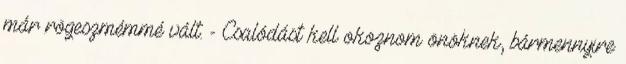
már rögeszmémmé vált. - Csalódást kell okoznom önöknek, bármennyire